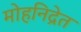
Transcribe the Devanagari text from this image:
मोहनिद्रेत